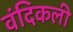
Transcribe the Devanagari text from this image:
वंदिकली